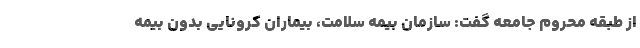
از طبقه محروم جامعه گفت: سازمان بیمه سلامت، بیماران کرونایی بدون بیمه